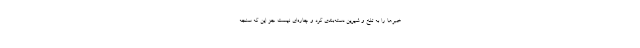
خبرها را به تلخ و شیرین دسته‌بندی کرد و چاره‌ای نیست جز این که سنجه